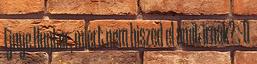
Ejnye Hunter, miert nem hiszed el amit irnak? ;-D